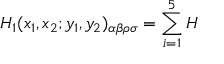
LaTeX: { \cal H } _ { 1 } ( x _ { 1 } , x _ { 2 } ; y _ { 1 } , y _ { 2 } ) _ { \alpha \beta \rho \sigma } = \sum _ { i = 1 } ^ { 5 } { \cal H }